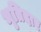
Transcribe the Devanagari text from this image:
भृतिदार